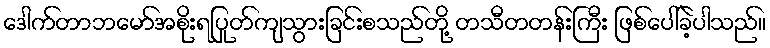
ဒေါက်တာဘမော်အစိုးရပြုတ်ကျသွားခြင်းစသည်တို့ တသီတတန်းကြီး ဖြစ်ပေါ်ခဲ့ပါသည်။